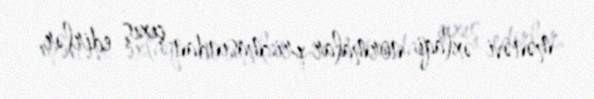
mənəvi-əxlaqi normalar prizmasından çıxış edirlər.